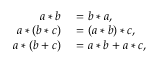
\begin{array} { r l } { a * b } & { { } = b * a , } \\ { a * ( b * c ) } & { { } = ( a * b ) * c , } \\ { a * ( b + c ) } & { { } = a * b + a * c , } \end{array}